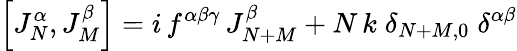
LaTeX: \left[J_{N}^{\alpha},J_{M}^{\beta}\right]=i\, f^{\alpha\beta\gamma}\, J_{N+M}^{\beta}+N\, k\; \delta_{N+M,0}\; \delta^{\alpha\beta}